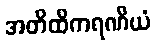
အတိထိကရဏီယံ